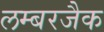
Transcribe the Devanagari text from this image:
लम्बरजैक